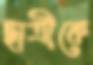
ছাত্রীকে